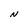
Character: N